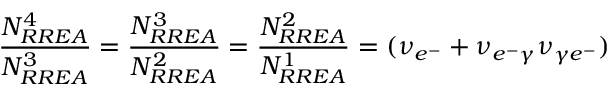
\frac { N _ { R R E A } ^ { 4 } } { N _ { R R E A } ^ { 3 } } = \frac { N _ { R R E A } ^ { 3 } } { N _ { R R E A } ^ { 2 } } = \frac { N _ { R R E A } ^ { 2 } } { N _ { R R E A } ^ { 1 } } = ( \nu _ { e ^ { - } } + \nu _ { e ^ { - } \gamma } \nu _ { \gamma e ^ { - } } )